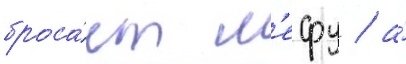
броса́ет л'ефу / а́